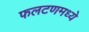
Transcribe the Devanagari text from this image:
फलटणमध्ये